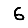
Digit: 6